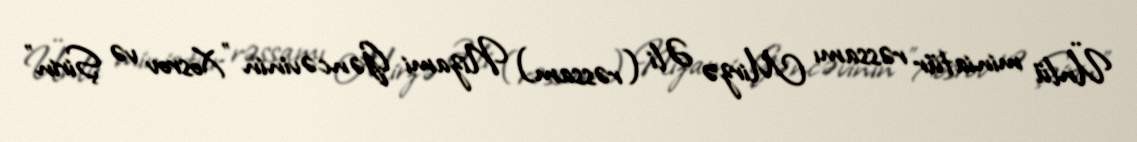
Ünlü miniatür rəssamı Mirzə Əli (rəssam) Nizami Gəncəvinin "Xosrov və Şirin"